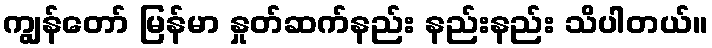
ကျွန်တော် မြန်မာ နှုတ်ဆက်နည်း နည်းနည်း သိပါတယ်။